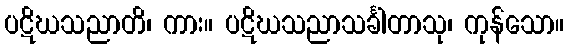
ပဋိဃသညာတိ၊ ကား။ ပဋိဃသညာသင်္ခါတာသု၊ ကုန်သော။